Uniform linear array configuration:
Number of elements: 12
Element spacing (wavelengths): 1
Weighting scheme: blackman
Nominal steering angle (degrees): -30
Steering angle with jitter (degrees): -29.938
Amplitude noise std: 0.05
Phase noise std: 0.05

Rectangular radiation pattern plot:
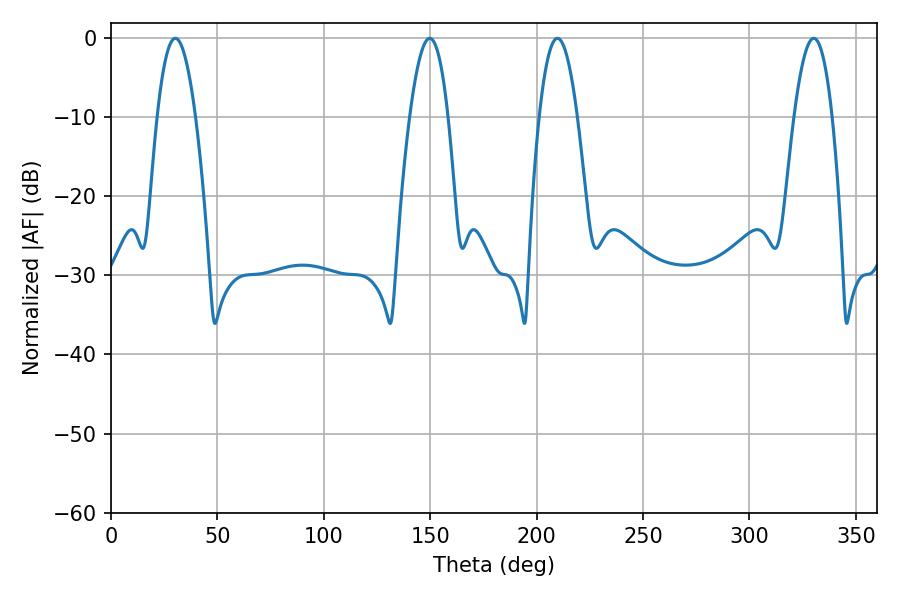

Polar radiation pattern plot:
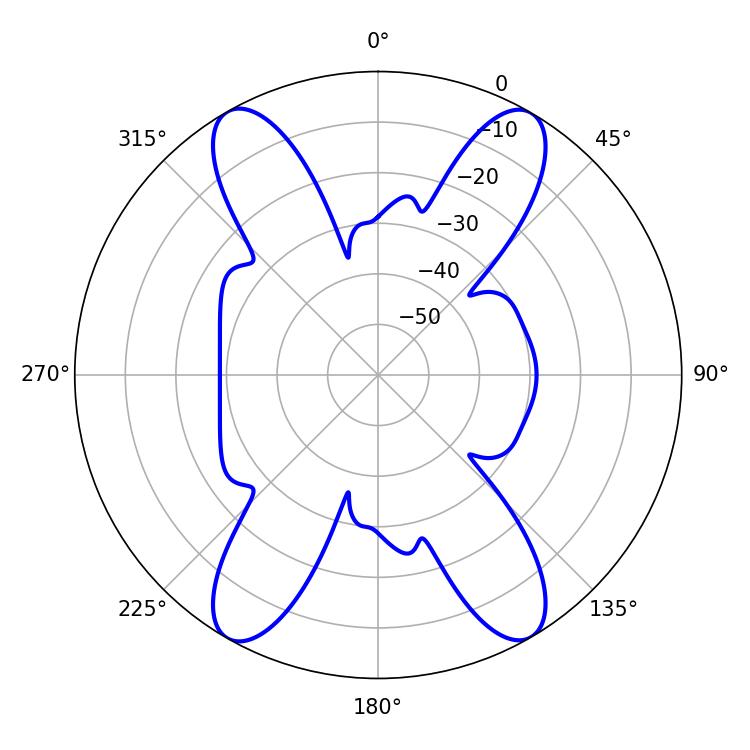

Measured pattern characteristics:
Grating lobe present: TRUE
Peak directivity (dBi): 30.093
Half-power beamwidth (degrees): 9.9
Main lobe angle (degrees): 30.24